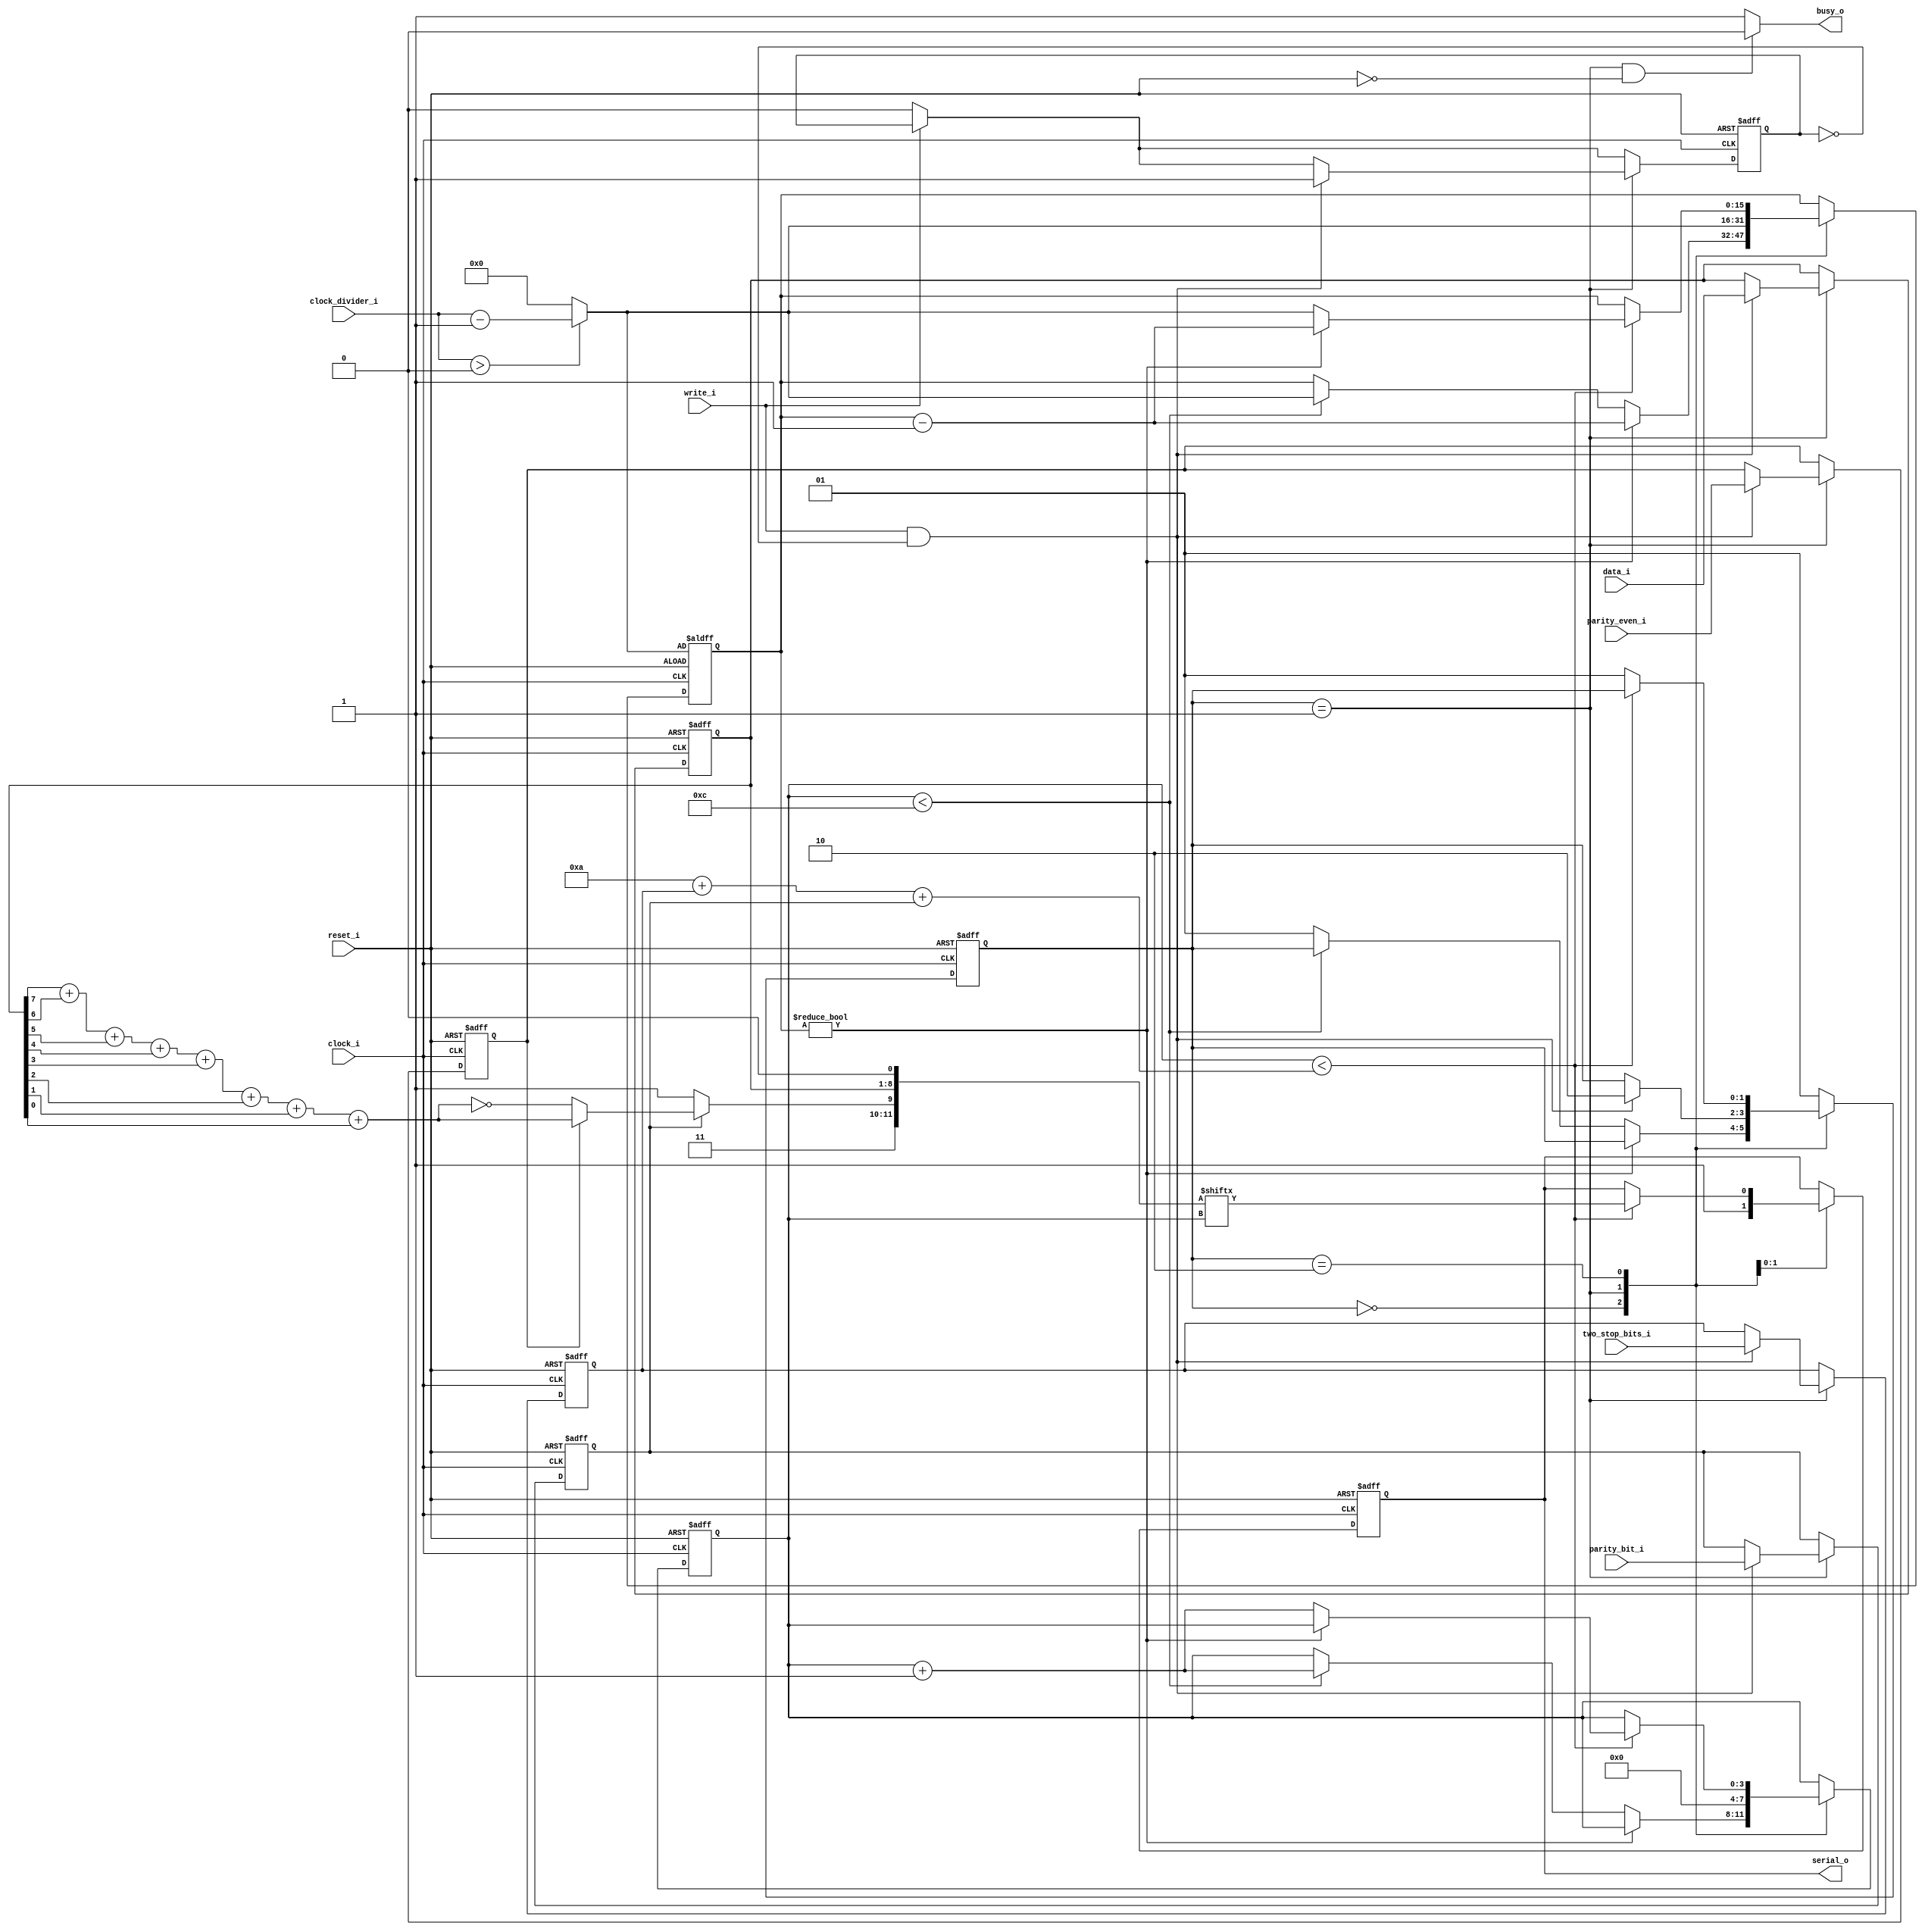
module UartTx #(
  parameter CLOCK_DIVIDER_WIDTH = 16
) (
  // Module reset.
  input reset_i,

  // Clock input.
  input clock_i,

  // Divides the `clock_i` signal to achieve the desired baud rate.
  // The transmitter can operate with a divider value of 1. A value of 0
  // implies 1.
  input [CLOCK_DIVIDER_WIDTH - 1:0] clock_divider_i,

  // UART serial output.
  output reg serial_o = 1'b1,

  // Data bus input.
  input [7:0] data_i,

  // Write a byte to transmit. Must go low after each write.
  input write_i,

  // Transmitter is busy and will not accept another write.
  output busy_o,
  
  // Transmit two stop bits if high, one stop bit if low.
  input two_stop_bits_i,

  // Use the parity bit if high, no parity if low.
  input parity_bit_i,

  // Use even parity if high, odd parity if low.
  input parity_even_i
);

localparam STATE_POST_RESET = 0;
localparam STATE_IDLE = 1;
localparam STATE_SEND_PACKET = 2;

reg [1:0] state = STATE_POST_RESET;
reg [CLOCK_DIVIDER_WIDTH - 1:0] bit_timer = 0;
reg [3:0] select_packet_bit = 0;
reg [7:0] data = 8'h00;
reg two_stop_bits = 1'b0;
reg parity_bit = 1'b0;
reg parity_even = 1'b0;
reg write_has_triggered = 1'b0;

wire [11:0] packet;
wire [CLOCK_DIVIDER_WIDTH - 1:0] clock_divider;
wire [CLOCK_DIVIDER_WIDTH - 1:0] bit_timer_start_value;
wire [3:0] total_bits_to_send = 4'd10 + two_stop_bits + parity_bit;
wire even_parity_value =
  1'h01 & (
    packet[8] +
    packet[7] +
    packet[6] +
    packet[5] +
    packet[4] +
    packet[3] +
    packet[2] +
    packet[1]
  );

assign busy_o = (state == STATE_IDLE && !reset_i) ? 1'b0 : 1'b1;
assign clock_divider = (clock_divider_i > 0) ? clock_divider_i - 1'd1 : 1'd0;
assign bit_timer_start_value = clock_divider;

assign packet[0] = 1'b0; // Start bit
assign packet[8:1] = data;
assign packet[9] = parity_bit
  ? (parity_even ? even_parity_value : ~even_parity_value) // Parity bit
  : 1'b1; // Stop bit
assign packet[11:10] = 2'b11; // Definitely stop bits

always @ (posedge reset_i, posedge clock_i) begin
  if (reset_i) begin
    state <= STATE_POST_RESET;
    serial_o <= 1'b1;
    bit_timer <= bit_timer_start_value;
    select_packet_bit <= 0;
    data <= 8'h00;
    two_stop_bits <= 1'b0;
    parity_bit <= 1'b0;
    parity_even <= 1'b0;
    write_has_triggered <= 1'b0;
  end
  else begin
    if (!write_i)
      write_has_triggered <= 1'b0;

    case (state)
      // This state delays operation for the length of 1 packet so that if the
      // module was reset in the middle of transmission the receiving side
      // will time out.
      STATE_POST_RESET:
        if (bit_timer != 0) begin
          bit_timer <= bit_timer - 1'd1;
        end
        // Reusing `select_packet_bit` as an overall bit counter for the packet.
        else if (select_packet_bit < 4'd12) begin
          bit_timer <= bit_timer_start_value;
          select_packet_bit <= select_packet_bit + 1'd1;
        end
        else begin
          state <= STATE_IDLE;
        end

      STATE_IDLE:
        begin
          serial_o <= 1'b1;
          bit_timer <= bit_timer_start_value;
          select_packet_bit <= 0;

          if (write_i && !write_has_triggered) begin
            data <= data_i;
            two_stop_bits <= two_stop_bits_i;
            parity_bit <= parity_bit_i;
            parity_even <= parity_even_i;
            write_has_triggered <= 1'b1;

            state <= STATE_SEND_PACKET;
          end
        end

      STATE_SEND_PACKET:
        if (select_packet_bit < total_bits_to_send) begin
          serial_o <= packet[select_packet_bit];

          if (bit_timer != 0) begin
            bit_timer <= bit_timer - 1'd1;
          end
          else begin
            bit_timer <= bit_timer_start_value;
            select_packet_bit <= select_packet_bit + 1'd1;
          end
        end
        else begin
          state <= STATE_IDLE;
        end

      default:
        state <= STATE_IDLE;
    endcase
  end
end

endmodule